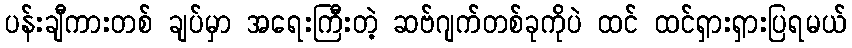
ပန်းချီကားတစ် ချပ်မှာ အရေးကြီးတဲ့ ဆဗ်ဂျက်တစ်ခုကိုပဲ ထင် ထင်ရှားရှားပြရမယ်